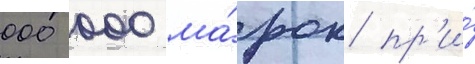
000 000 ма́рок пр'и́